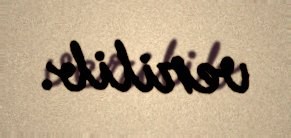
verilib.